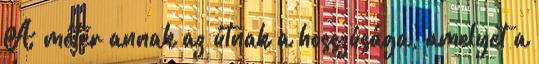
A méter annak az útnak a hosszúsága, amelyet a